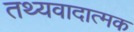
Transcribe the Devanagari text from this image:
तथ्यवादात्मक